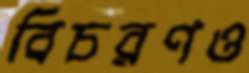
বিচরণও